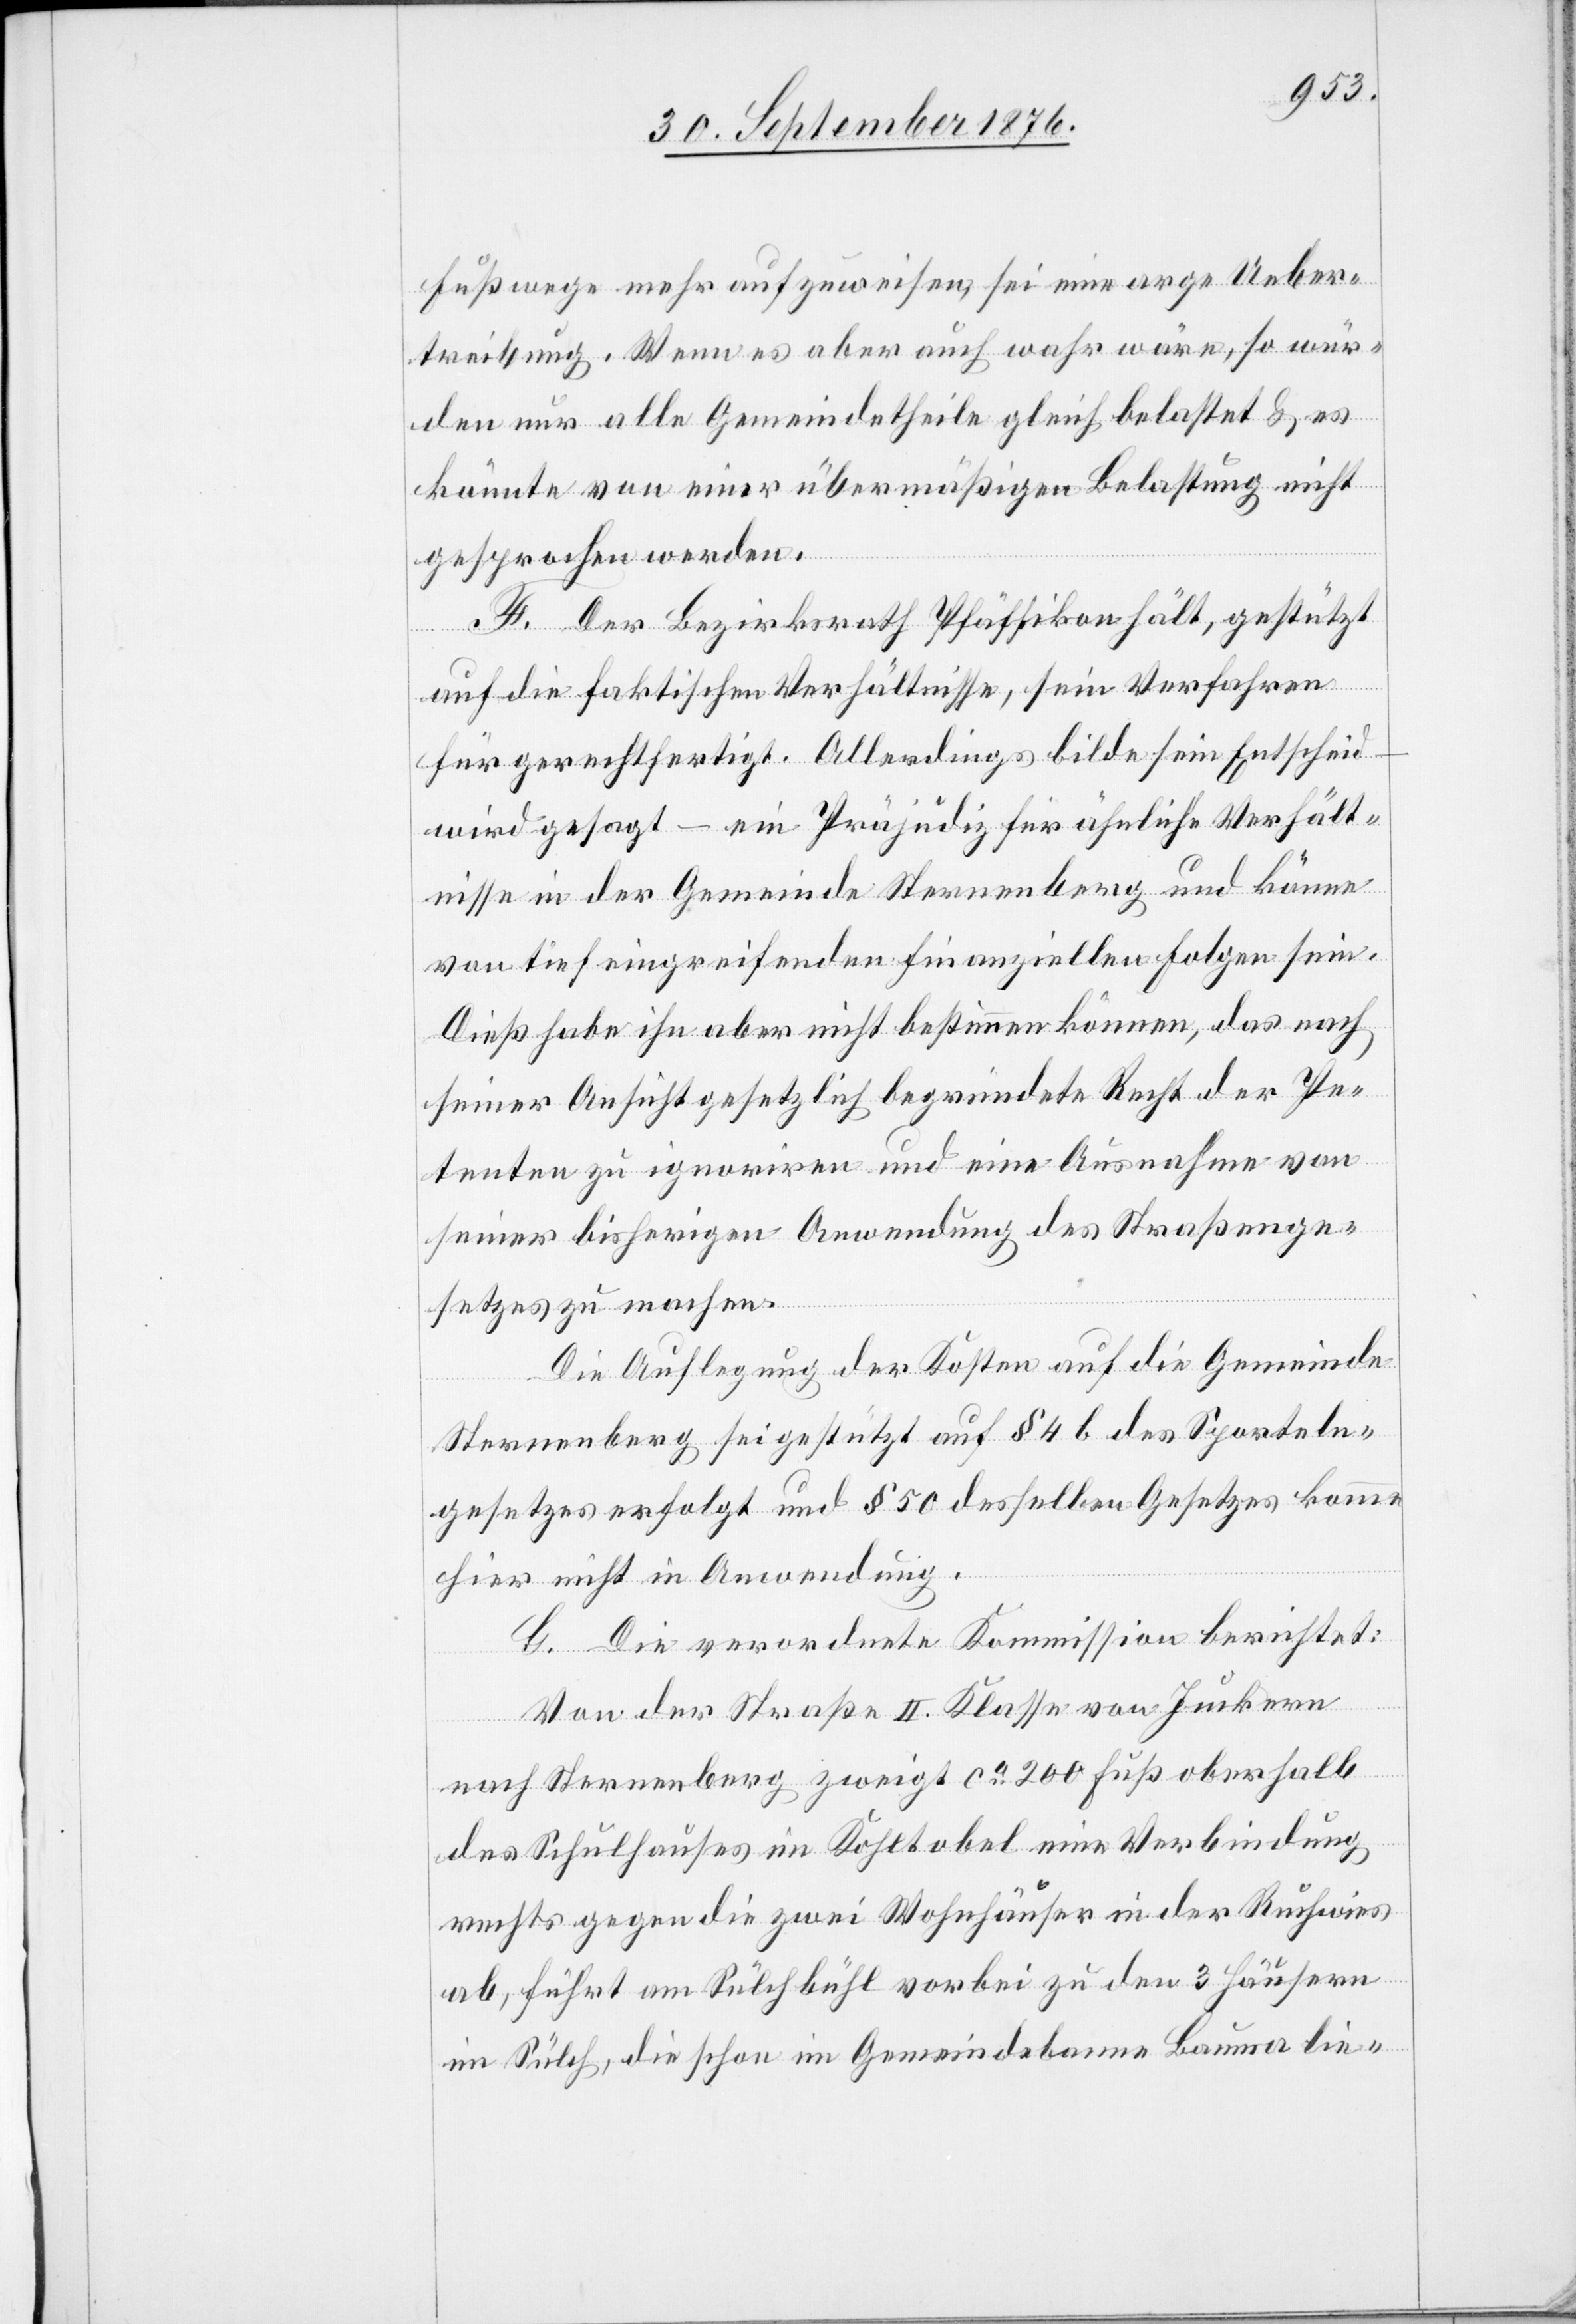
Fußwege mehr aufzuweisen, sei eine arge Ueber¬
treibung. Wenn es aber auch wahr wäre, so wür¬
den nur alle Gemeindetheile gleich belastet & es
könnte von einer übermäßigen Belastung nicht
gesprochen werden.
F. Der Bezirksrath Pfäffikon hält, gestützt
auf die faktischen Verhältnisse, sein Verfahren
für gerechtfertigt. Allerdings bilde sein Entscheid
wird gesagt – ein Präjudiz für ähnliche Verhält¬
nisse in der Gemeinde Sternenberg und könne
von tief eingreifenden finanziellen Folgen sein.
Dieß habe ihn aber nicht bestimmen können, das nach
seiner Ansicht gesetzlich begründete Recht der Pe¬
tenten zu ignoriren und eine Ausnahme von
seiner bisherigen Anwendung des Straßenge¬
setzes zu machen.
Die Auflegung der Kosten auf die Gemeinde
Sternenberg sei gestützt auf § 4 b des Sporteln¬
gesetzes erfolgt und § 50 desselben Gesetzes komme
hier nicht in Anwendung.
G. Die verordnete Kommission berichtet:
Von der Straße II. Klasse von Juckern
nach Sternenberg zweigt ca 200 Fuß oberhalb
des Schulhauses im Kohltobel [sic!] eine Verbindung
rechts gegen die zwei Wohnhäuser in der Ruchwies
ab, führt am Sülchbühl vorbei zu den 3 Häusern
im Sülch, die schon im Gemeindebanne Bauma lie-